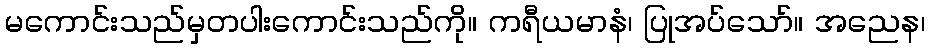
မကောင်းသည်မှတပါးကောင်းသည်ကို။ ကရီယမာနံ၊ ပြုအပ်သော်။ အညေန၊